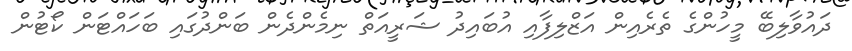
ދައުވާލިބޭ މީހުންގެ ތެރެއިން އަޒްލިފާއި އުބައިދު ޝަރީއަތް ނިމެންދެން ބަންދުގައި ބަހައްޓަން ކޯޓުން